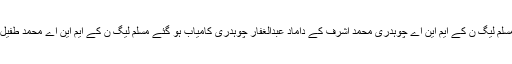
جبکہ ٹیکنو کریٹ کی سیٹ پر مسلم لیگ ن کے ایم این اے چوہدری محمد اشرف کے داماد عبدالغفار چوہدری کامیاب ہو گئے مسلم لیگ ن کے ایم این اے محمد طفیل جٹ کے اشرف دیول ہار گئے ۔